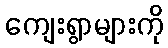
ကျေးရွာများကို